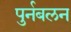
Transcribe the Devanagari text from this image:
पुर्नबलन